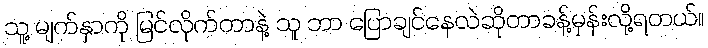
သူ့ မျက်နှာကို မြင်လိုက်တာနဲ့ သူ ဘာ ပြောချင်နေလဲဆိုတာခန့်မှန်းလို့ရတယ်။